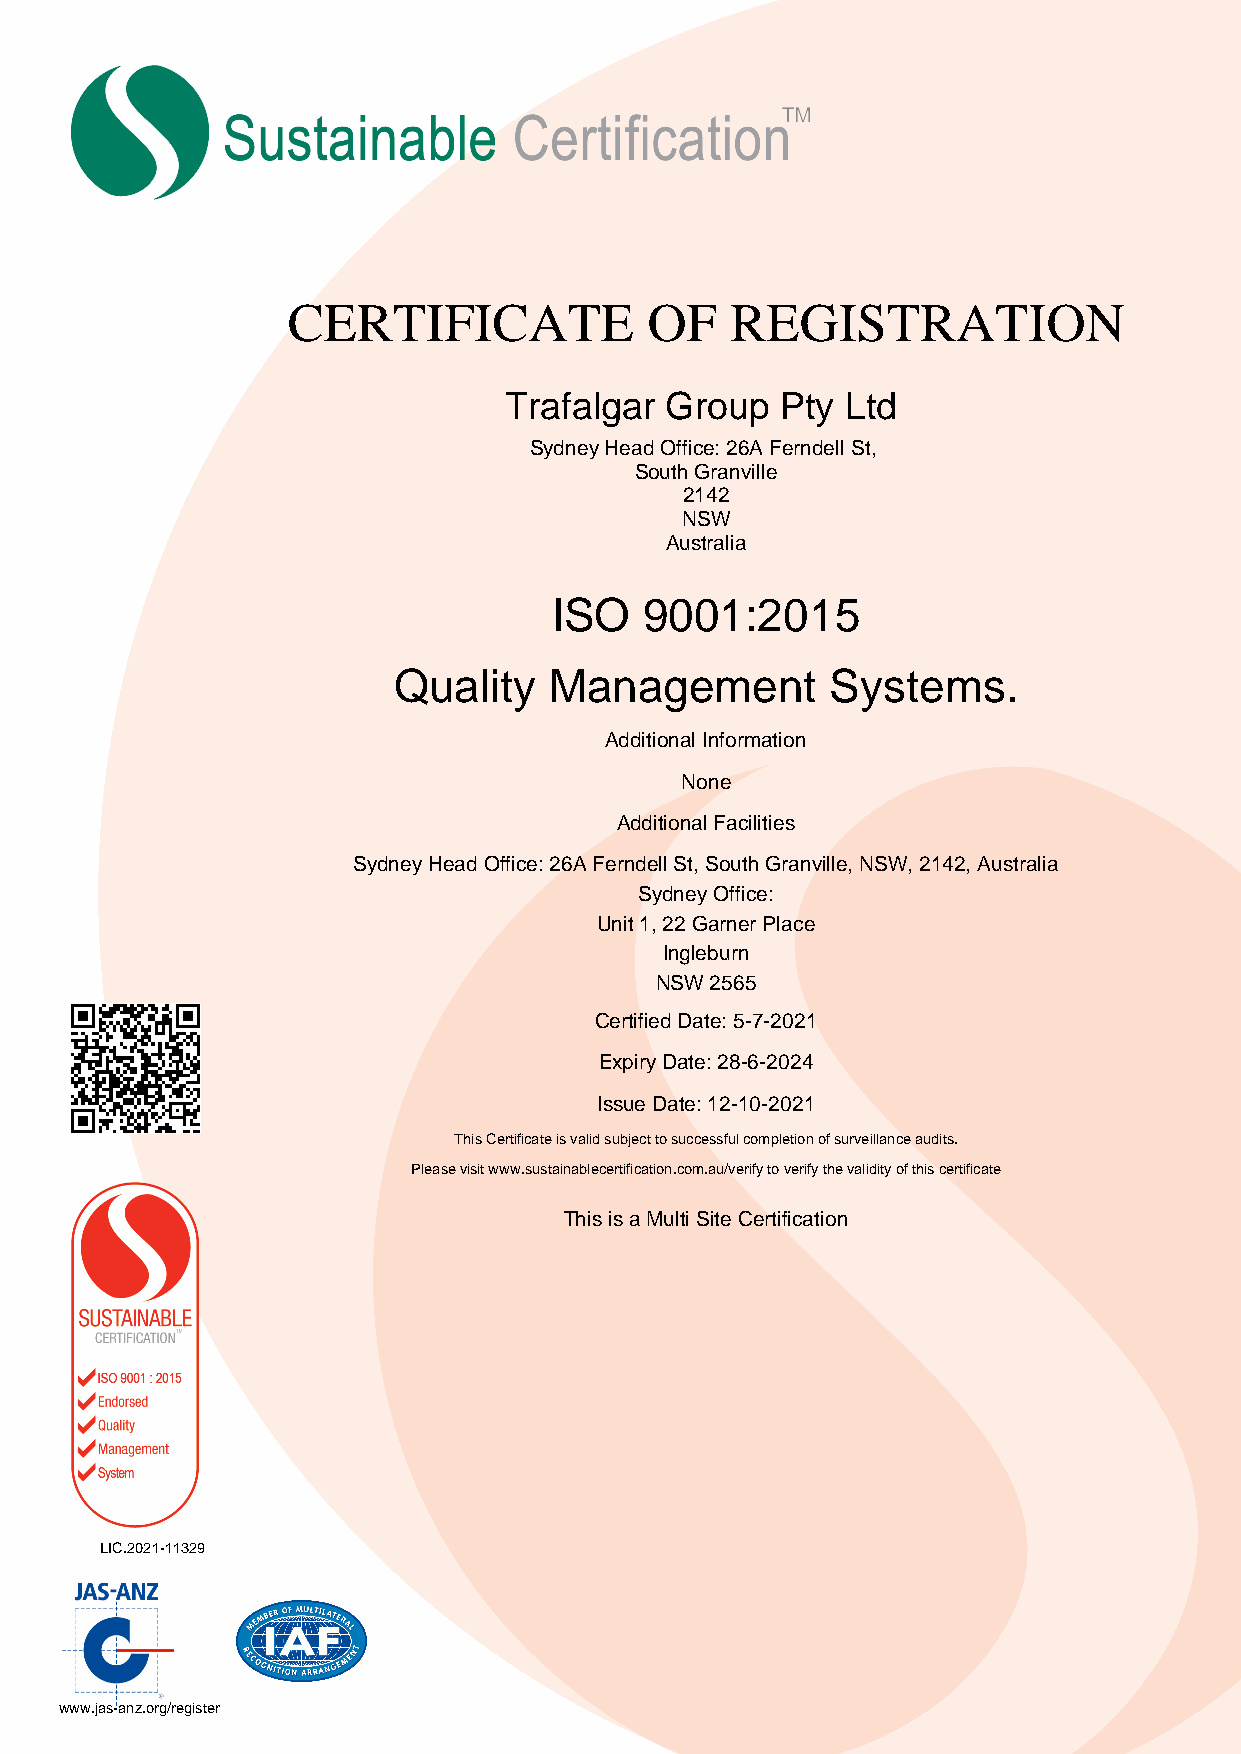
CERTIFICATE             OF   REGISTRATION
 Trafalgar  Group   Pty Ltd
 Sydney Head Office: 26A Ferndell St,
 South Granville
 2142
 NSW
 Australia
 ISO   9001:2015
 Quality   Management         Systems.
 Additional Information
 None
 Additional Facilities
 Sydney Head Office: 26A Ferndell St, South Granville, NSW, 2142, Australia
 Sydney Office:
 Unit 1, 22 Garner Place
 Ingleburn
 NSW 2565
 Certified Date: 5-7-2021
 Expiry Date: 28-6-2024
 Issue Date: 12-10-2021
 This Certificate is valid subject to successful completion of surveillance audits.
 Please visit www.sustainablecertification.com.au/verify to verify the validity of this certificate
 This is a Multi Site Certification
 LIC.2021-11329
 www.jas-anz.org/register